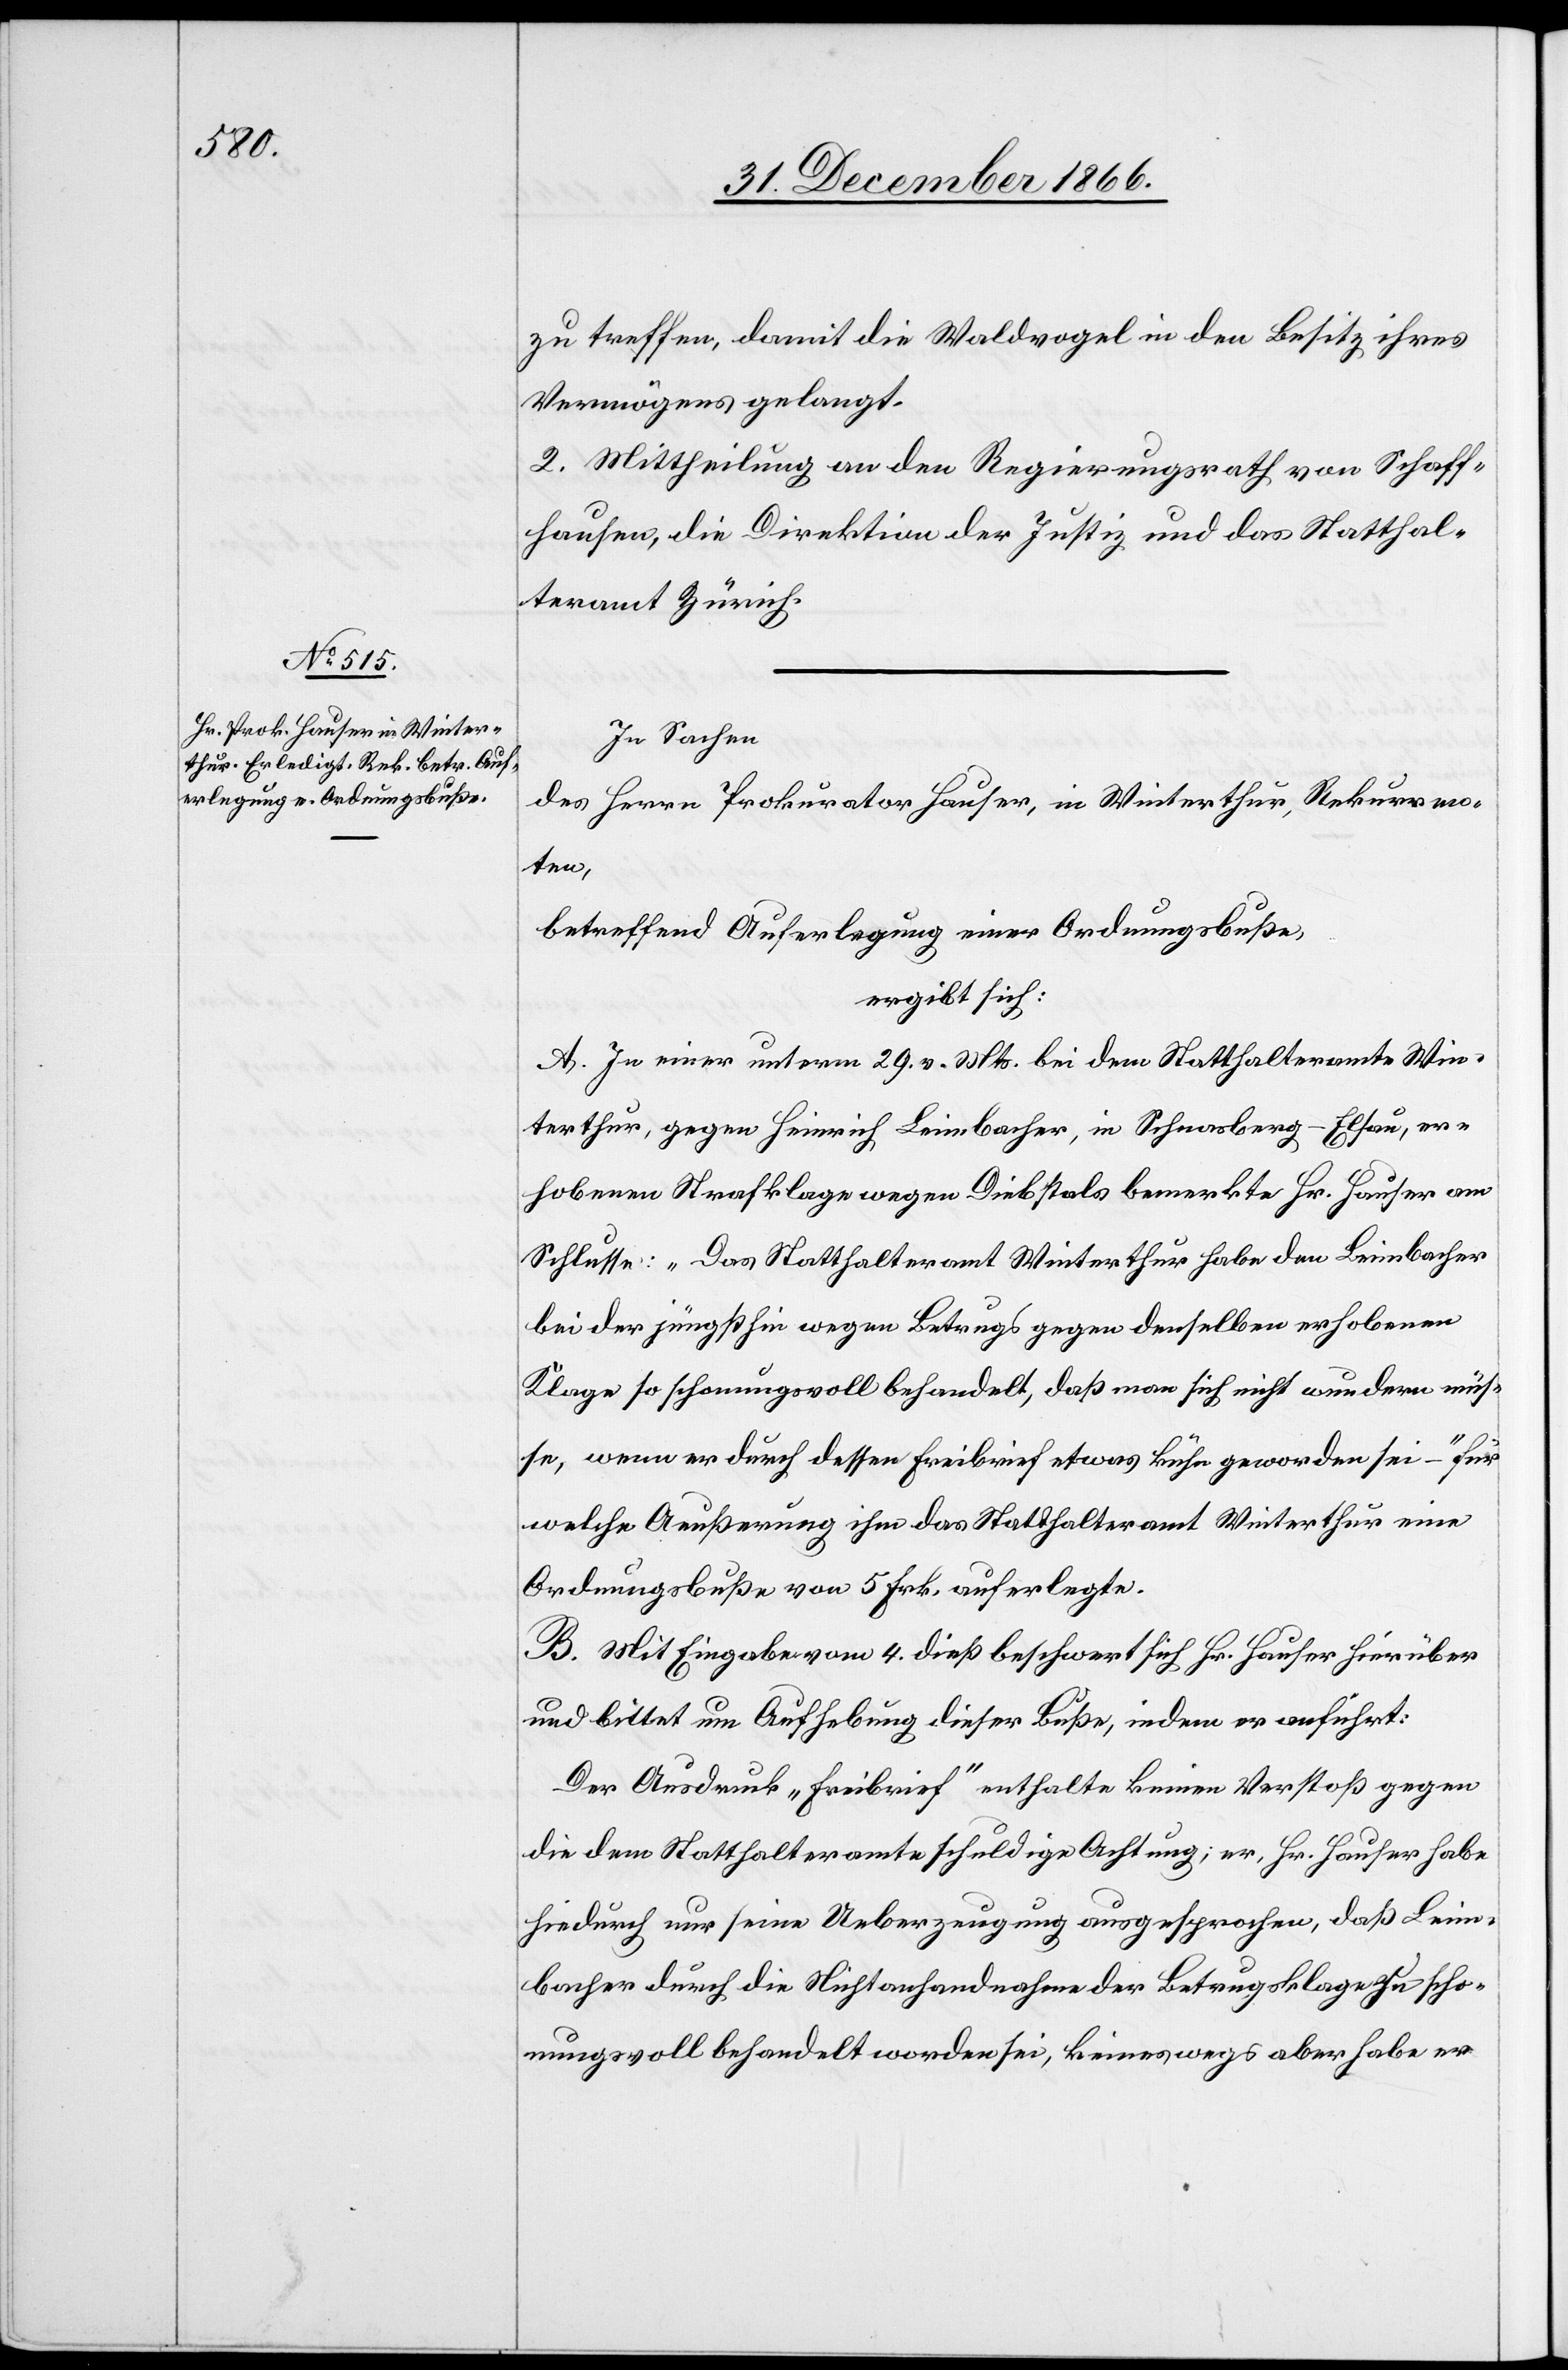
zu treffen, damit die Waldvogel in den Besitz ihres
Vermögens gelangt.
2. Mittheilung an den Regierungsrath von Schaff¬
hausen, die Direktion der Justiz und das Statthal¬
teramt Zürich.
In Sachen
des Herrn Prokurator Hauser, in Winterthur, Rekurren¬
ten,
betreffend Auferlegung einer Ordnungsbuße,
ergibt sich:
A. In einer unterm 29. v. Mts. bei dem Statthalteramte Win¬
terthur, gegen Heinrich Leimbacher, in Schnasberg-Elsau, er¬
hobenen Strafklage wegen Diebstals bemerkte Hr. Hauser am
Schlusse: „Das Statthalteramt Winterthur habe den Leimbacher
bei der jüngsthin wegen Betrugs gegen denselben erhobenen
Klage so schonungsvoll behandelt, daß man sich nicht wundern müs¬
se, wenn er durch dessen Freibrief etwas kühn geworden sei –„ für
welche Aeußerung ihm das Statthalteramt Winterthur eine
Ordnungsbuße von 5 Frk. auferlegte.
B. Mit Eingabe vom 4. dieß beschwert sich Hr. Hauser hierüber
und bittet um Aufhebung dieser Buße, indem er anführt:
Der Ausdruck „Freibrief“ enthalte keinen Verstoß gegen
die dem Statthalteramte schuldige Achtung; er, Hr. Hauser habe
hiedurch nur seine Ueberzeugung ausgesprochen, daß Leim¬
bacher durch die Nichtanhandnahme der Betrugsklage zu scho¬
nungsvoll behandelt worden sei, keineswegs aber habe er